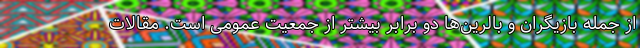
از جمله بازیگران و بالرین‌ها دو برابر بیشتر از جمعیت عمومی است. مقالات